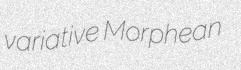
variative Morphean